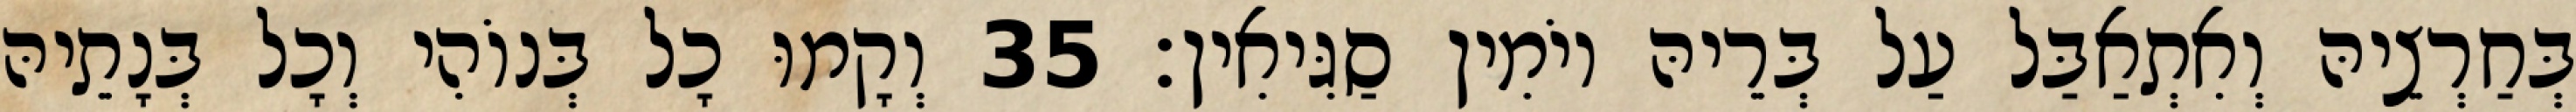
בְּחַרְצֵיהּ וְאִתְאַבַּל עַל בְּרֵיהּ יוֹמִין סַגִּיאִין׃ 35 וְקָמוּ כָל בְּנוֹהִי וְכָל בְּנָתֵיהּ